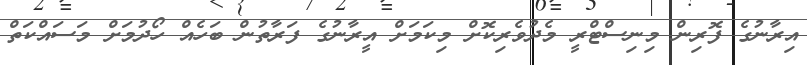
އިރާނުގެ ފޮރިން މިނިސްޓްރީ މެދުވެރިކޮށް މިކަމަށް އީރާނުގެ ފަރާތުން ބަހެއް ހޯދުމަށް މަސައްކަތް